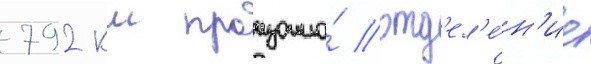
792 км произошло́ отд'ел'е́н'ие